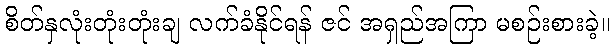
စိတ်နှလုံးတုံးတုံးချ လက်ခံနိုင်ရန် ဇင် အရှည်အကြာ မစဉ်းစားခဲ့။